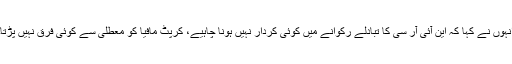
انہوں نے کہا کہ این آئی آر سی کا تبادلے رکوانے میں کوئی کردار نہیں ہونا چاہیے، کرپٹ مافیا کو معطلی سے کوئی فرق نہیں پڑتا۔